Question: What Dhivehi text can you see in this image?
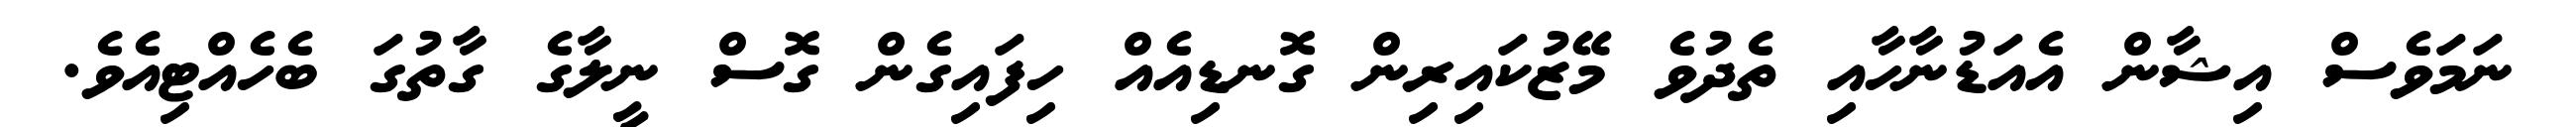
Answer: ނަމަވެސް އިޝާން އެއަޑުނާހާއި ތެދުވެ މޭޒުކައިރިން ގޮނޑިއެއް ހިފައިގެން ގޮސް ނީލާގެ ގާތުގަ ބެހެއްޓިއެވެ.